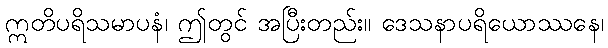
ဣတိပရိသမာပနံ၊ ဤတွင် အပြီးတည်း။ ဒေသနာပရိယောဿနေ၊